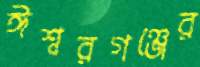
ঈশ্বরগঞ্জের